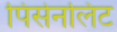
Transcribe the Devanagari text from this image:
पिसेनलिट